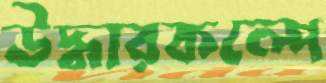
উদ্ধারকল্পে